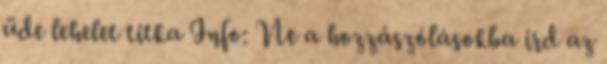
üde lehelet titka Info: Ne a hozzászólásokba írd az